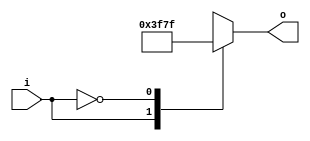
module seven_segment_negative(i,o);

input i;
output reg [6:0]o; // a, b, c, d, e, f, g

always @(*)
begin

	case(i)	
		1'b1: o = 7'b1111110;
	   1'b0: o = 7'b1111111;
	endcase
end

endmodule